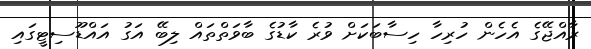
ރާއްޖޭގެ އެހެން ހުރިހާ ހިސާބަކަށް ވުރެ ކާޑުގެ ބާވަތްތައް ލިބޭ އަގު އައްޑޫސިޓީގައި